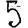
Digit: 5